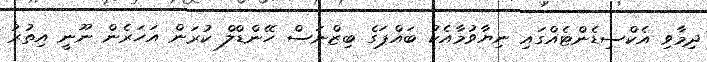
ދިމާވި އެކްސިޑެންޓެއްގައި ނިޔާވުމާއެކު ބައްޕަގެ ބިޒްނަސް ހޭންޑްލް ކުރަން އަހަރެން ނޫނީ އިތުރު